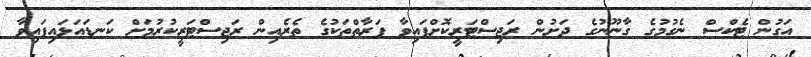
އަގުން ޓެކްސް ނެގުމުގެ ގާނޫނުގެ ދަށުން ރަޖިސްޓަރީކޮށްފައިވާ ފަރާތްތަކުގެ ތެރެއިން ރަޖިސްޓަރީކުރުމަށް ކަނޑައަޅައިފައިވާ